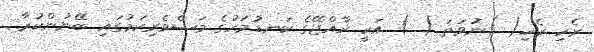
ރެހި ރެހި( )ނުވަތަ ( ) އަކީ ރާއްޖޭގެ ކަނޑުމަހުގެ މަސްވެރިކަމުގައި ބޭނުންކުރާ